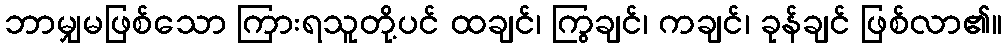
ဘာမျှမဖြစ်သော ကြားရသူတို့ပင် ထချင်၊ ကြွချင်၊ ကချင်၊ ခုန်ချင် ဖြစ်လာ၏။